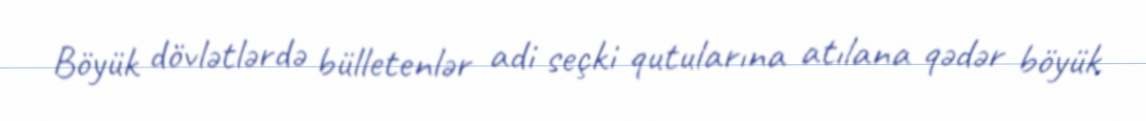
Böyük dövlətlərdə bülletenlər adi seçki qutularına atılana qədər böyük